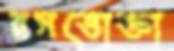
রসভোক্তা